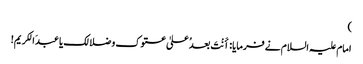
)
امام علیہ السلام نے فرمایا: اٴَنْتَ بعدُ علیٰ عتوک و ضلالک یا عبدَ الکریم!